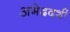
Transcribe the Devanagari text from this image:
अभेददर्शी